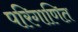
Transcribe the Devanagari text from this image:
परिगाणित